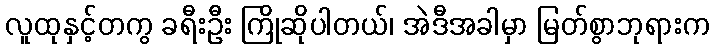
လူထုနှင့်တကွ ခရီးဦး ကြိုဆိုပါတယ်၊ အဲဒီအခါမှာ မြတ်စွာဘုရားက